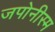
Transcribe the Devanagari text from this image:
जपोनीस्म